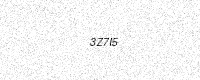
Text: 3Z7I5